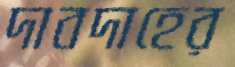
দাবদাহের